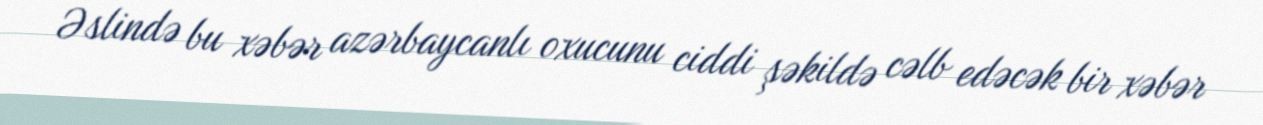
Əslində bu xəbər azərbaycanlı oxucunu ciddi şəkildə cəlb edəcək bir xəbər